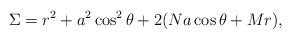
LaTeX: \begin{align*}\Sigma=r^2+a^2\cos^2\theta+2(Na\cos\theta+Mr),\end{align*}